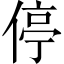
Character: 停